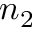
n _ { 2 }